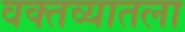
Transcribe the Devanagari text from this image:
वक्तव्यातला